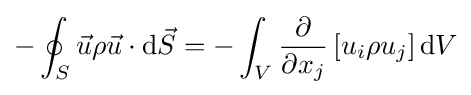
-\oint _{S}{\vec {u}}\rho {\vec {u}}\cdot \mathrm {d} {\vec {S}}=-\int _{V}{\frac {\partial }{\partial x_{j}}}\left[u_{i}\rho u_{j}\right]\mathrm {d} V